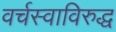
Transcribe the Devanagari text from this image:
वर्चस्वाविरुद्ध